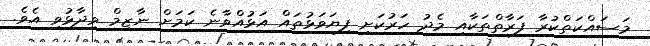
މަސައްކަތްކުރާ ފަރާތްތަކާއި މެދު ހަރުކަށި ފިޔަވަޅުތައް އަޅުއްވާނެ ކަމަށް ނާޒިމް ވިދާޅުވި އެވެ.